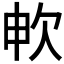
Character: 𣢘